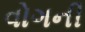
વોગની